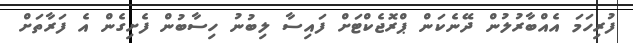
ފުރިހަމަ އެއްބާރުލުން ދޭނެކަން ޕްރޮޖެކްޓަށް ފައިސާ ލިބުނު ހިސާބުން ފެށިގެން އެ ފަރާތަށް